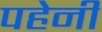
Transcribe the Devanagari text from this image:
पहेनी